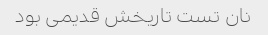
نان تست تاریخش قدیمی بود